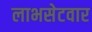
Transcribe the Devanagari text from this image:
लाभसेटवार